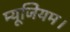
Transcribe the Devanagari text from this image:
म्यूजियम।